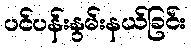
ပင်ပန်းနွမ်းနယ်ခြင်း